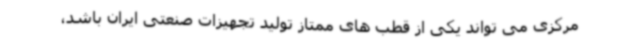
مرکزی می تواند یکی از قطب های ممتاز تولید تجهیزات صنعتی ایران باشد،